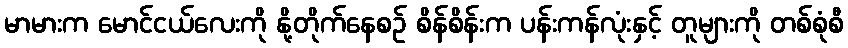
မာမားက မောင်ငယ်လေးကို နို့တိုက်နေစဉ် စိန်စိန်းက ပန်းကန်လုံးနှင့် တူများကို တစ်စုံစီ